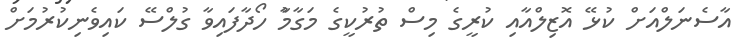
އާސެނަލްއަށް ކުޅޭ އޮޒިލްއާއި ކުރީގެ މިސް ތުރުކީގެ މަގާމާު ހޯދާފައިވާ ގުލްސޭ ކައިވެނިކުރުމަށް